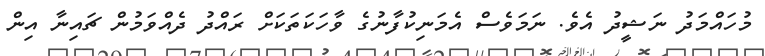
މުހައްމަދު ނަޝީދު އެވެ. ނަމަވެސް އެމަނިކުފާނުގެ ވާހަކަތަކަށް ރައްދު ދެއްވަމުން ޗައިނާ އިން